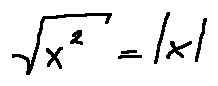
\sqrt { x ^ { 2 } } = | x |